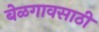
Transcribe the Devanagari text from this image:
बेळगावसाठी